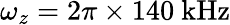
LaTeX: \omega_{z}=2\pi\times 140~\mathrm{{kHz}}